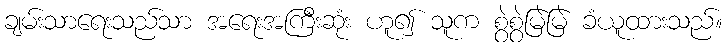
ချမ်းသာရေးသည်သာ အရေးအကြီးဆုံး ဟူ၍ သူက စွဲစွဲမြဲမြဲ ခံယူထားသည်။